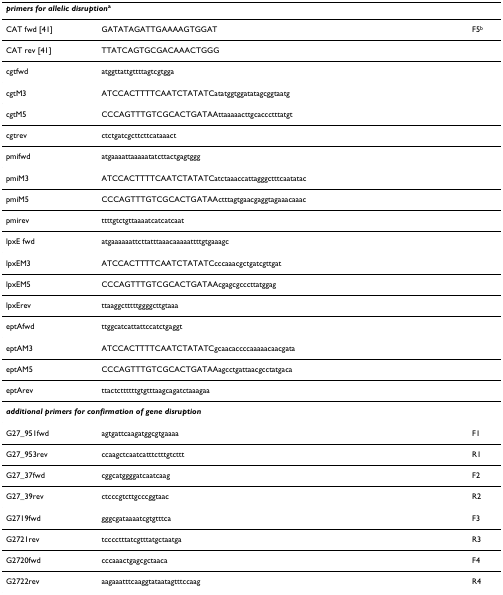
<table><thead><tr><td colspan="3"><b><i>primers for allelic disruption</i><sup>a</sup></b></td></tr></thead><tbody><tr><td>CAT fwd [41]</td><td>GATATAGATTGAAAAGTGGAT</td><td>F5<sup>b</sup></td></tr><tr><td>CAT rev [41]</td><td>TTATCAGTGCGACAAACTGGG</td><td></td></tr><tr><td>cgtfwd</td><td>atggttattgttttagtcgtgga</td><td></td></tr><tr><td>cgtM3</td><td>ATCCACTTTTCAATCTATATCatatggtggatatagcggtaatg</td><td></td></tr><tr><td>cgtM5</td><td>CCCAGTTTGTCGCACTGATAAttaaaaacttgcaccctttatgt</td><td></td></tr><tr><td>cgtrev</td><td>ctctgatcgcttcttcataaact</td><td></td></tr><tr><td>pmifwd</td><td>atgaaaattaaaaatatcttactgagtggg</td><td></td></tr><tr><td>pmiM3</td><td>ATCCACTTTTCAATCTATATCatctaaaccattagggctttcaatatac</td><td></td></tr><tr><td>pmiM5</td><td>CCCAGTTTGTCGCACTGATAActttagtgaacgaggtagaaacaaac</td><td></td></tr><tr><td>pmirev</td><td>ttttgtctgttaaaatcatcatcaat</td><td></td></tr><tr><td>lpxE fwd</td><td>atgaaaaaattcttatttaaacaaaaattttgtgaaagc</td><td></td></tr><tr><td>lpxEM3</td><td>ATCCACTTTTCAATCTATATCcccaaacgctgatcgttgat</td><td></td></tr><tr><td>lpxEM5</td><td>CCCAGTTTGTCGCACTGATAAcgagcgcccttatggag</td><td></td></tr><tr><td>lpxErev</td><td>ttaaggctttttggggcttgtaaa</td><td></td></tr><tr><td>eptAfwd</td><td>ttggcatcattattccatctgaggt</td><td></td></tr><tr><td>eptAM3</td><td>ATCCACTTTTCAATCTATATCgcaacaccccaaaaacaacgata</td><td></td></tr><tr><td>eptAM5</td><td>CCCAGTTTGTCGCACTGATAAagcctgattaacgcctatgaca</td><td></td></tr><tr><td>eptArev</td><td>ttactcttttttgtgtttaagcagatctaaagaa</td><td></td></tr><tr><td colspan="3"><b><i>additional primers for confirmation of gene disruption</i></b></td></tr><tr><td>G27_951fwd</td><td>agtgattcaagatggcgtgaaaa</td><td>F1</td></tr><tr><td>G27_953rev</td><td>ccaagctcaatcatttctttgtcttt</td><td>R1</td></tr><tr><td>G27_37fwd</td><td>cggcatggggatcaatcaag</td><td>F2</td></tr><tr><td>G27_39rev</td><td>ctcccgtcttgcccggtaac</td><td>R2</td></tr><tr><td>G2719fwd</td><td>gggcgataaaatcgtgtttca</td><td>F3</td></tr><tr><td>G2721rev</td><td>tcccctttatcgtttatgctaatga</td><td>R3</td></tr><tr><td>G2720fwd</td><td>cccaaactgagcgctaaca</td><td>F4</td></tr><tr><td>G2722rev</td><td>aagaaatttcaaggtataatagtttccaag</td><td>R4</td></tr></tbody></table>